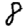
Digit: 8